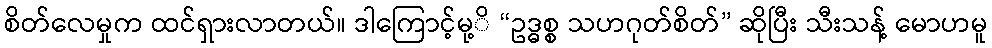
စိတ်လေမှုက ထင်ရှားလာတယ်။ ဒါကြောင့်မု့ိ “ဥဒ္ဓစ္စ သဟဂုတ်စိတ်” ဆိုပြီး သီးသန့် မောဟမူ